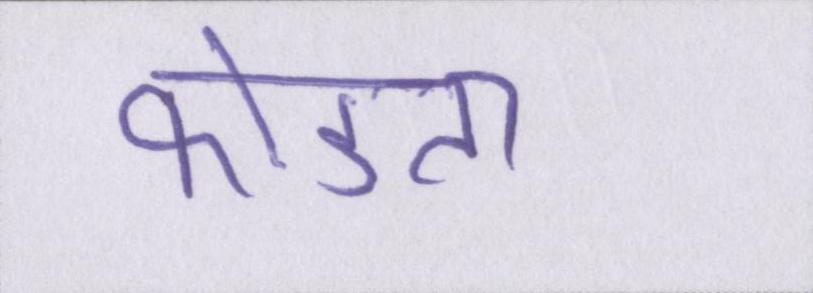
फोडता